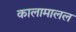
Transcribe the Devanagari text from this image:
कालामालल